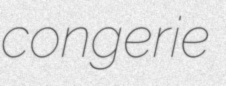
congerie